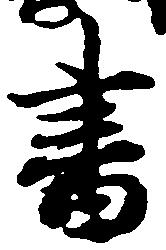
書